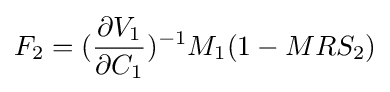
F_{2}=({\frac {\partial V_{1}}{\partial C_{1}}})^{-1}M_{1}(1-MRS_{2})